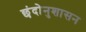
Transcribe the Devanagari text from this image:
छंदोनुशासन